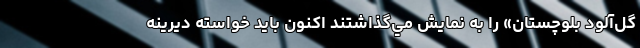
گل‌آلود بلوچستان» را به نمايش مي‌گذاشتند اكنون ‌بايد خواسته ديرينه